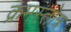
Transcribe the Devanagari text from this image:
क्रमस्तोत्र